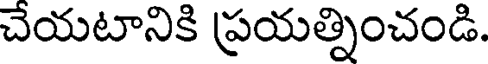
చేయటానికి ప్రయత్నించండి.